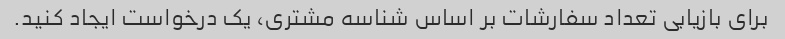
برای بازیابی تعداد سفارشات بر اساس شناسه مشتری، یک درخواست ایجاد کنید.